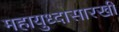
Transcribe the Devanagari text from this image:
महायुध्दासारखी